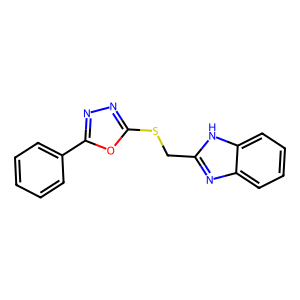
SMILES: c1ccc(-c2nnc(SCc3nc4ccccc4[nH]3)o2)cc1
Inhibits HIV replication: No